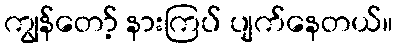
ကျွန်တော့် နားကြပ် ပျက်နေတယ်။